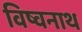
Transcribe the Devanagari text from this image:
विष्वनाथ